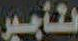
لتأجير